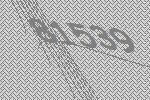
81539